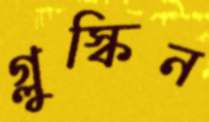
গ্লুস্কিন